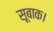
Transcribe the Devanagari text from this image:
सूबाक।